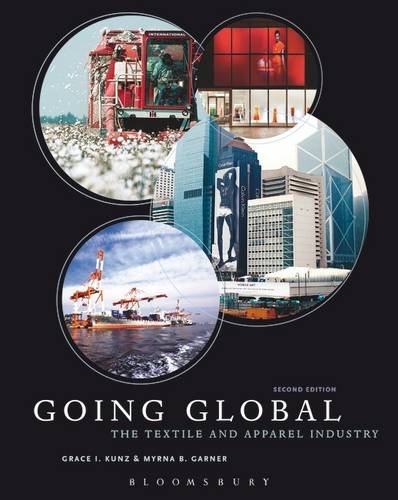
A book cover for Going Global: The Textile and Apparel Industry; Grace I. Kunz; Business & Money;